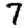
Digit: 7